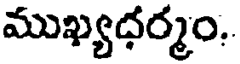
ముఖ్యధర్మం.